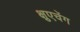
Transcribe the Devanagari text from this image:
क्षुएचेंग